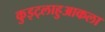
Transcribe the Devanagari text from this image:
कुइट्लाहुआकला